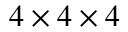
4 \times 4 \times 4